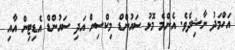
އަހްމަދު ނާޝިދެވެ. އެންމެ މޮޅު ސައުންޑް މިކްސިން އަދި ސައުންޑް އެޑިޓިން އާއި